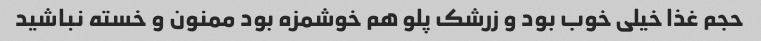
حجم غذا خیلی خوب بود و زرشک پلو هم خوشمزه بود ممنون و خسته نباشید